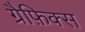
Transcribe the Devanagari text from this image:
ग्रैफ़िक्स